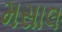
મસાલ